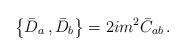
LaTeX: \begin{align*}\left\{\bar D_{a}\, , \bar D_{b} \right\}= 2im^2\bar C_{ab} \, .\end{align*}